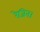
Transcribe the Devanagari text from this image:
रेजिन।